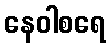
နေဝါစရေ